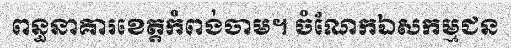
ពន្ធនាគារខេត្តកំពង់ចាម។ ចំណែកឯសកម្មជន